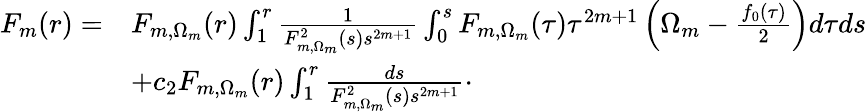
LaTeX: \begin{array}{rl}{F_{m}(r)=}&{F_{m,\Omega_{m}}(r)\int_{1}^{r}\frac{1}{F_{m,\Omega_{m}}^{2}(s)s^{2m+1}}\int_{0}^{s}F_{m,\Omega_{m}}(\tau)\tau^{2m+1}\left(\Omega_{m}-\frac{f_{0}(\tau)}{2}\right)d\tau ds}\\ &{+c_{2}F_{m,\Omega_{m}}(r)\int_{1}^{r}\frac{ds}{F_{m,\Omega_{m}}^{2}(s)s^{2m+1}}\cdot}\end{array}